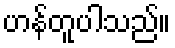
ဟန်တူပါသည်။